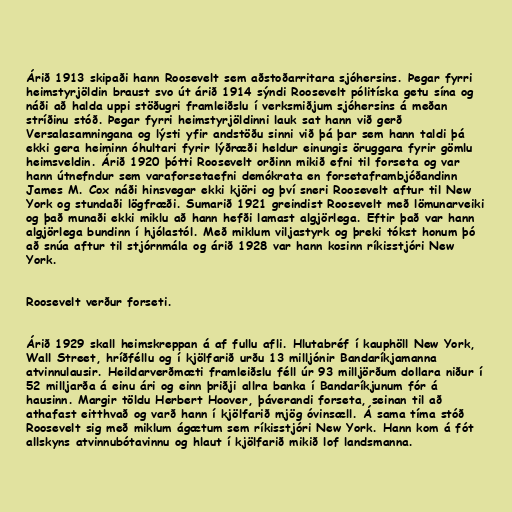
Árið 1913 skipaði hann Roosevelt sem aðstoðarritara sjóhersins. Þegar fyrri
heimstyrjöldin braust svo út árið 1914 sýndi Roosevelt pólitíska getu sína og
náði að halda uppi stöðugri framleiðslu í verksmiðjum sjóhersins á meðan
stríðinu stóð. Þegar fyrri heimstyrjöldinni lauk sat hann við gerð
Versalasamningana og lýsti yfir andstöðu sinni við þá þar sem hann taldi þá
ekki gera heiminn óhultari fyrir lýðræði heldur einungis öruggara fyrir gömlu
heimsveldin. Árið 1920 þótti Roosevelt orðinn mikið efni til forseta og var
hann útnefndur sem varaforsetaefni demókrata en forsetaframbjóðandinn
James M. Cox náði hinsvegar ekki kjöri og því sneri Roosevelt aftur til New
York og stundaði lögfræði. Sumarið 1921 greindist Roosevelt með lömunarveiki
og það munaði ekki miklu að hann hefði lamast algjörlega. Eftir það var hann
algjörlega bundinn í hjólastól. Með miklum viljastyrk og þreki tókst honum þó
að snúa aftur til stjórnmála og árið 1928 var hann kosinn ríkisstjóri New
York.

Roosevelt verður forseti.

Árið 1929 skall heimskreppan á af fullu afli. Hlutabréf í kauphöll New York,
Wall Street, hríðféllu og í kjölfarið urðu 13 milljónir Bandaríkjamanna
atvinnulausir. Heildarverðmæti framleiðslu féll úr 93 milljörðum dollara niður í
52 milljarða á einu ári og einn þriðji allra banka í Bandaríkjunum fór á
hausinn. Margir töldu Herbert Hoover, þáverandi forseta, seinan til að
athafast eitthvað og varð hann í kjölfarið mjög óvinsæll. Á sama tíma stóð
Roosevelt sig með miklum ágætum sem ríkisstjóri New York. Hann kom á fót
allskyns atvinnubótavinnu og hlaut í kjölfarið mikið lof landsmanna.